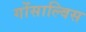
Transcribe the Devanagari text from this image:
गोंसाल्विस